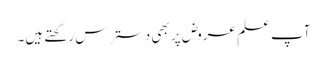
آپ علمِ عروض پر بھی دسترس رکھتے ہیں۔